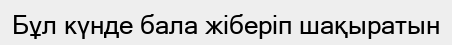
Бұл күнде бала жіберіп шақыратын